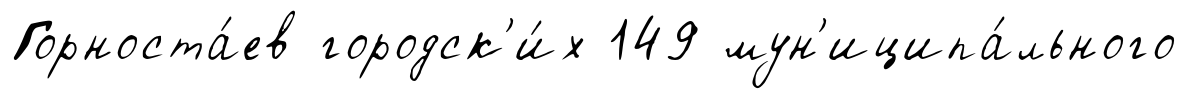
Горноста́ев городск'и́х 149 мун'иципа́льного